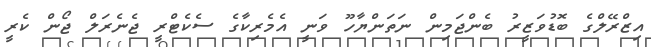
އިޒްރޭލްގެ ބޮޑުވަޒީރު ބެންޖަމިން ނަތަންޔާހޫ ވަނީ އެމެރިކާގެ ސެކެޓްރީ ޖެނެރަލް ޖޯން ކެރީ